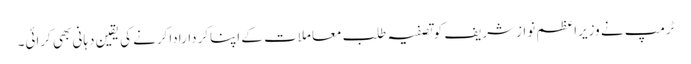
ٹرمپ نے وزیراعظم نوازشریف کوتصفیہ طلب معاملات کے اپناکرداراداکرنے کی یقین دہانی بھی کرائی۔